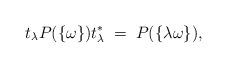
LaTeX: \begin{align*}t_{\lambda}P(\{\omega\})t_{\lambda}^*\;=\;P(\{\lambda\omega\}),\end{align*}